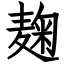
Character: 麹